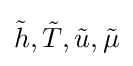
{\tilde {h}},{\tilde {T}},{\tilde {u}},{\tilde {\mu }}